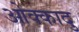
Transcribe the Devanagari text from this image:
ओक्कादु